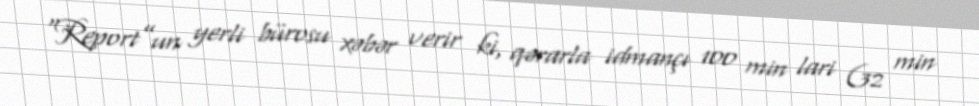
“Report”un yerli bürosu xəbər verir ki, qərarla idmançı 100 min lari (32 min